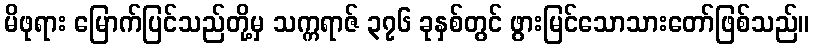
မိဖုရား မြောက်ပြင်သည်တို့မှ သက္ကရာဇ် ၃၇၆ ခုနှစ်တွင် ဖွားမြင်သောသားတော်ဖြစ်သည်။